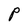
Character: P